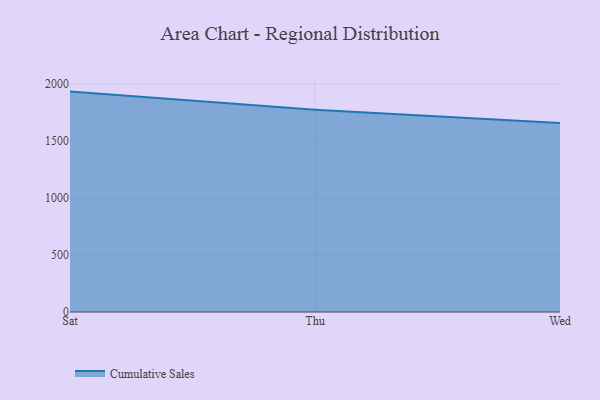
{"axis": {"x": "Day", "y": "Gross Profit (USD K)"}, "legend": ["Cumulative Sales"], "data": [{"x": "Sat", "y": 1932.0, "type": "Cumulative Sales"}, {"x": "Thu", "y": 1773.5, "type": "Cumulative Sales"}, {"x": "Wed", "y": 1656.4, "type": "Cumulative Sales"}]}